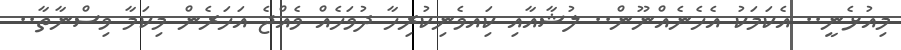
މިއުޅެނީ.. އެކަމަކު އެހެނެއްނޫން.. ލުޝާއާއި ކަިއވެނިކުރިހާ ދުވަހެއް ވެއްޖެ އަހަރެން މިކަމާ ވިސްނާތާ..